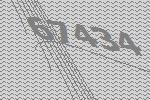
67434